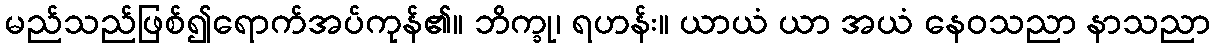
မည်သည်ဖြစ်၍ရောက်အပ်ကုန်၏။ ဘိက္ခု၊ ရဟန်း။ ယာယံ ယာ အယံ နေဝသညာ နာသညာ